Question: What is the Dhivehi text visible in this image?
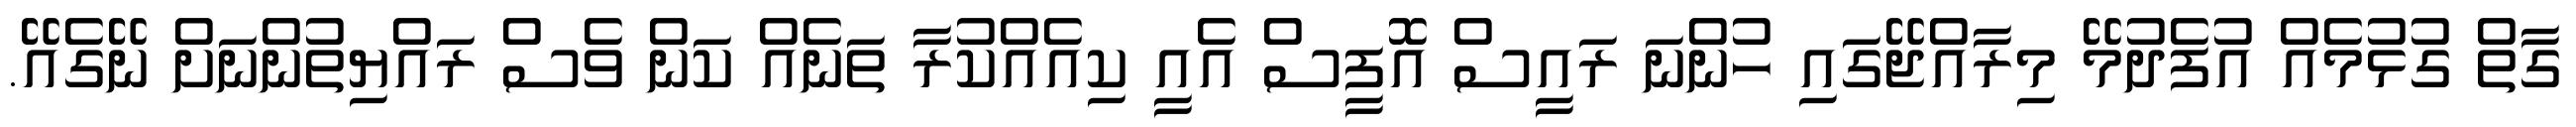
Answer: ގާތް ގުޅުމެއް އުފެދުމޭ މިރާއްޖޭގައި ހުންނަ ރައީސް އޮފީސް އެއީ ކިއެއްކުރާ ތަނެއް ކަން ވެސް ރައްޔިތުންނަށް ނޭގެއޭ.